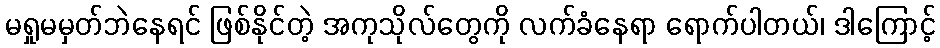
မရှုမမှတ်ဘဲနေရင် ဖြစ်နိုင်တဲ့ အကုသိုလ်တွေကို လက်ခံနေရာ ရောက်ပါတယ်၊ ဒါကြောင့်